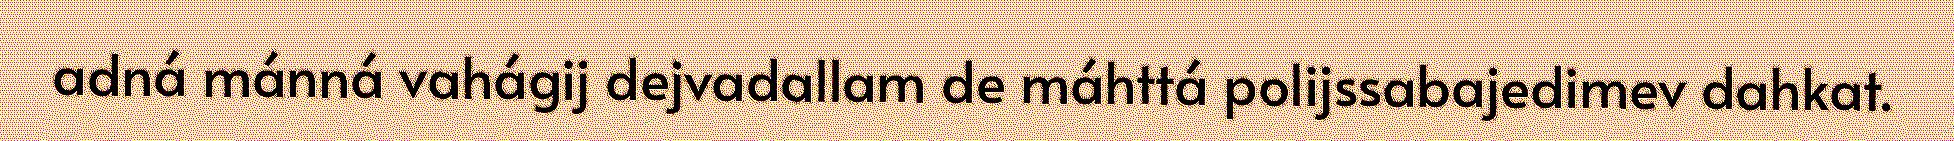
adná mánná vahágij dejvadallam de máhttá polijssabajedimev dahkat.